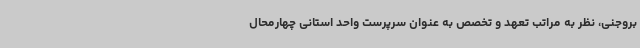
بروجنی، نظر به مراتب تعهد و تخصص به عنوان سرپرست واحد استانی چهارمحال